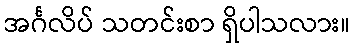
အင်္ဂလိပ် သတင်းစာ ရှိပါသလား။